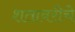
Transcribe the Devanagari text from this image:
शतावरीचे